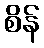
စိန်